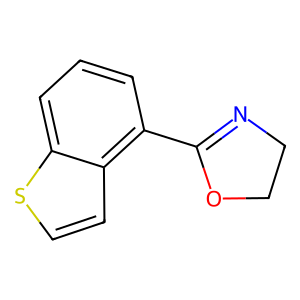
SMILES: c1cc(C2=NCCO2)c2ccsc2c1
Inhibits HIV replication: No